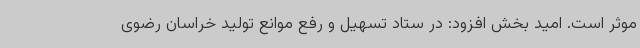
موثر است. امید بخش افزود: در ستاد تسهیل و رفع موانع تولید خراسان رضوی